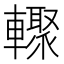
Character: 𲄾